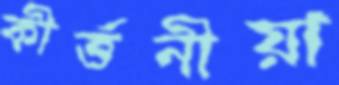
কীর্ত্তনীয়া